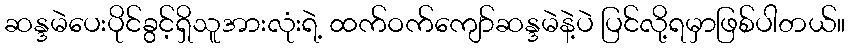
ဆန္ဒမဲပေးပိုင်ခွင့်ရှိသူအားလုံးရဲ့ ထက်ဝက်ကျော်ဆန္ဒမဲနဲ့ပဲ ပြင်လို့ရမှာဖြစ်ပါတယ်။